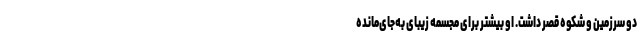
دو سرزمین و شکوه قصر داشت. او بیشتر برای مجسمه زیبای به‌جای‌مانده